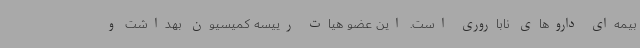
بیمه‌ای داروهای ناباروری است. این عضو هیات رییسه کمیسیون بهداشت و